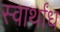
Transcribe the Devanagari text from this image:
स्वार्थांध